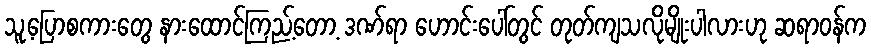
သူ့ပြောစကားတွေ နားထောင်ကြည့်တော့ ဒဏ်ရာ ဟောင်းပေါ်တွင် တုတ်ကျသလိုမျိုးပါလားဟု ဆရာဝန်က